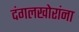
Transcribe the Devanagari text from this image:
दंगलखोरांना